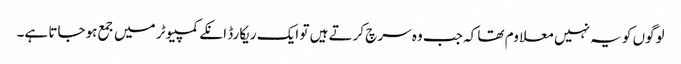
لوگوں کو یہ نہیں معلاوم تھا کہ جب وہ سرچ کرتے ہیں تو ایک ریکارڈ انکے کمپیوٹر میں جمع ہوجاتا ہے۔